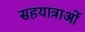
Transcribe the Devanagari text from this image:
सहयात्राओं